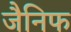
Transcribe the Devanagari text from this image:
जैनिफ